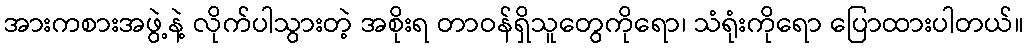
အားကစားအဖွဲ့နဲ့ လိုက်ပါသွားတဲ့ အစိုးရ တာဝန်ရှိသူတွေကိုရော၊ သံရုံးကိုရော ပြောထားပါတယ်။